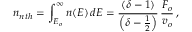
n _ { n t h } = \int _ { E _ { o } } ^ { \infty } n ( E ) \, d E = \frac { ( \delta - 1 ) } { \left( \delta - \frac { 1 } { 2 } \right) } \, \frac { { \cal F } _ { o } } { v _ { o } } \, ,